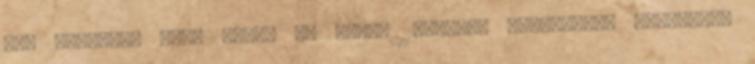
tag Lomniczi Béla Három év után, 1990-ben visszaadta tagságát,